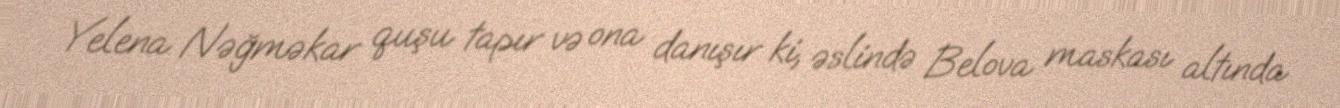
Yelena Nəğməkar quşu tapır və ona danışır ki, əslində Belova maskası altında